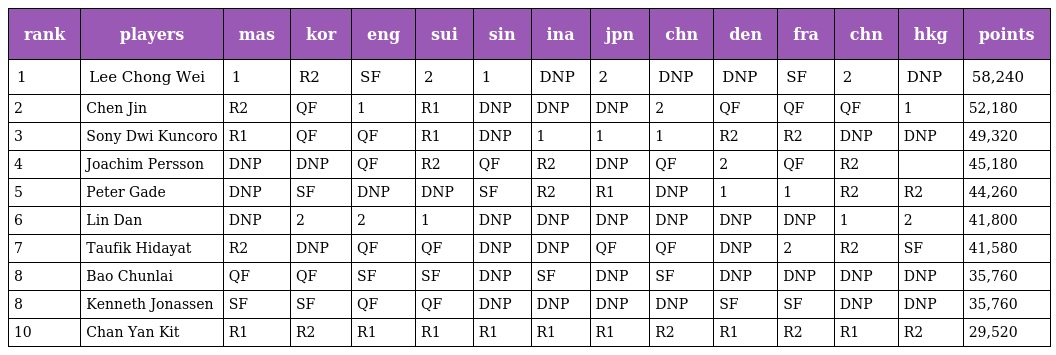
| rank | players | mas | kor | eng | sui | sin | ina | jpn | chn | den | fra | chn | hkg | points |
 | --- | --- | --- | --- | --- | --- | --- | --- | --- | --- | --- | --- | --- | --- | --- |
 | 1 | Lee Chong Wei | 1 | R2 | SF | 2 | 1 | DNP | 2 | DNP | DNP | SF | 2 | DNP | 58,240 |
 | 2 | Chen Jin | R2 | QF | 1 | R1 | DNP | DNP | DNP | 2 | QF | QF | QF | 1 | 52,180 |
 | 3 | Sony Dwi Kuncoro | R1 | QF | QF | R1 | DNP | 1 | 1 | 1 | R2 | R2 | DNP | DNP | 49,320 |
 | 4 | Joachim Persson | DNP | DNP | QF | R2 | QF | R2 | DNP | QF | 2 | QF | R2 |  | 45,180 |
 | 5 | Peter Gade | DNP | SF | DNP | DNP | SF | R2 | R1 | DNP | 1 | 1 | R2 | R2 | 44,260 |
 | 6 | Lin Dan | DNP | 2 | 2 | 1 | DNP | DNP | DNP | DNP | DNP | DNP | 1 | 2 | 41,800 |
 | 7 | Taufik Hidayat | R2 | DNP | QF | QF | DNP | DNP | QF | QF | DNP | 2 | R2 | SF | 41,580 |
 | 8 | Bao Chunlai | QF | QF | SF | SF | DNP | SF | DNP | SF | DNP | DNP | DNP | DNP | 35,760 |
 | 8 | Kenneth Jonassen | SF | SF | QF | QF | DNP | DNP | DNP | DNP | SF | SF | DNP | DNP | 35,760 |
 | 10 | Chan Yan Kit | R1 | R2 | R1 | R1 | R1 | R1 | R1 | R2 | R1 | R2 | R1 | R2 | 29,520 |